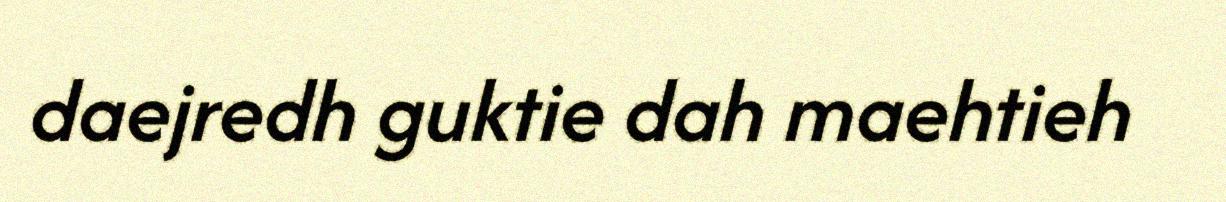
daejredh guktie dah maehtieh